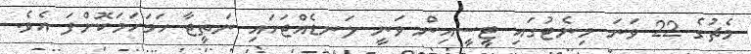
މެޗުގެ 22 ވަނަ މިނެޓުގައި ޓީސީއިން ވަނީ ލަނޑެއްޖަހައި ނަތީޖާ ހަމަހަމަކޮށްފަ އެވެ.